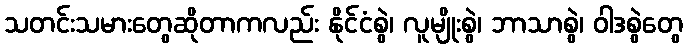
သတင်းသမားတွေဆိုတာကလည်း နိုင်ငံစွဲ၊ လူမျိုးစွဲ၊ ဘာသာစွဲ၊ ဝါဒစွဲတွေ